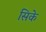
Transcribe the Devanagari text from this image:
सिके